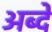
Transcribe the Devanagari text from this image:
अब्दे